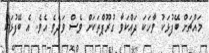
މައްޗަށް ބޭފުޅަކު ވާހަކަ ދައްކަވާ ގުރޫޕްތަކަށް ވެސް ވަދެވެ އެވެ. އެ ބޭފުޅަކު